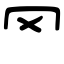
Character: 罓